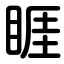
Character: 睚